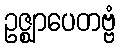
ဥဇ္ဈာပေတဗ္ဗံ